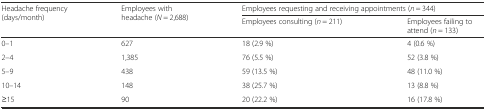
| <ROWSPAN=2> Headache frequency (days/month) | <ROWSPAN=2> Employees with headache (N = 2,688) | <COLSPAN=2> Employees requesting and receiving appointments (n = 344) |
 | Employees consulting (n = 211) | Employees failing to attend (n = 133) |
 | --- | --- | --- | --- |
 | 0–1 | 627 | 18 (2.9 %) | 4 (0.6 %) |
 | 2–4 | 1,385 | 76 (5.5 %) | 52 (3.8 %) |
 | 5–9 | 438 | 59 (13.5 %) | 48 (11.0 %) |
 | 10–14 | 148 | 38 (25.7 %) | 13 (8.8 %) |
 | ≥15 | 90 | 20 (22.2 %) | 16 (17.8 %) |